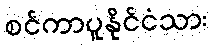
စင်ကာပူနိုင်ငံသား